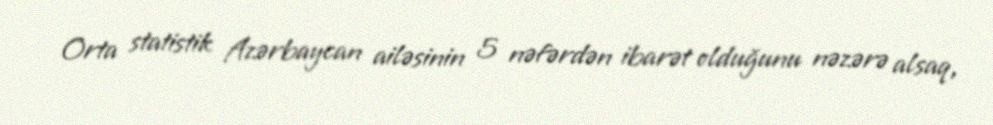
Orta statistik Azərbaycan ailəsinin 5 nəfərdən ibarət olduğunu nəzərə alsaq,